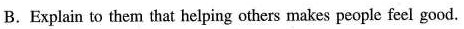
B. Explain to them that helping others makes people feel good.